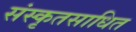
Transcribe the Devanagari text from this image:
संस्कृतसाधित